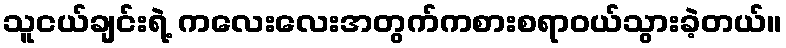
သူငယ်ချင်းရဲ့ ကလေးလေးအတွက်ကစားစရာဝယ်သွားခဲ့တယ်။